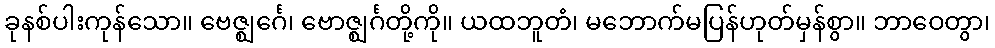
ခုနစ်ပါးကုန်သော။ ဗေဇ္ဈင်္ဂေ၊ ဗောဇ္ဈင်္ဂတို့ကို။ ယထဘူတံ၊ မဘောက်မပြန်ဟုတ်မှန်စွာ။ ဘာဝေတွာ၊